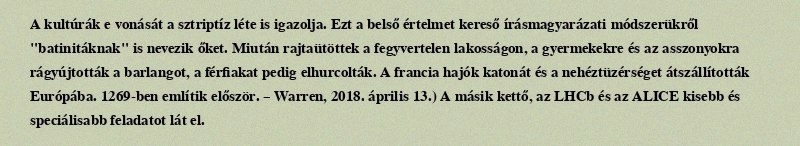
A kultúrák e vonását a sztriptíz léte is igazolja. Ezt a belső értelmet kereső írásmagyarázati módszerükről "batinitáknak" is nevezik őket. Miután rajtaütöttek a fegyvertelen lakosságon, a gyermekekre és az asszonyokra rágyújtották a barlangot, a férfiakat pedig elhurcolták. A francia hajók katonát és a nehéztüzérséget átszállították Európába. 1269-ben említik először. – Warren, 2018. április 13.) A másik kettő, az LHCb és az ALICE kisebb és speciálisabb feladatot lát el.